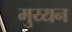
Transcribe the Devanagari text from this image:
मुय्यन